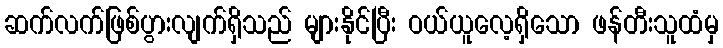
ဆက်လက်ဖြစ်ပွားလျက်ရှိသည် များနိုင်ပြီး ဝယ်ယူလေ့ရှိသော ဖန်တီးသူထံမှ